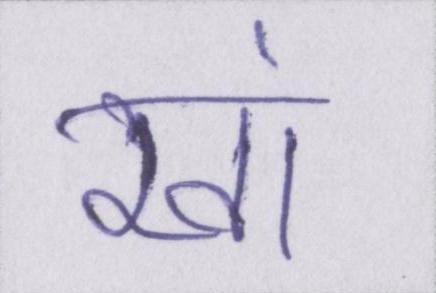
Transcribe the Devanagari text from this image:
खां